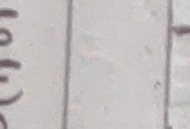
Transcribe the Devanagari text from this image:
१०(छ)